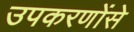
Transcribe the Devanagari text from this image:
उपकरणोंसे